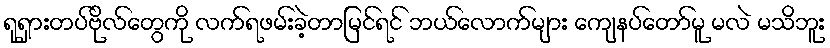
ရုရှားတပ်ဗိုလ်တွေကို လက်ရဖမ်းခဲ့တာမြင်ရင် ဘယ်လောက်များ ကျေနပ်တော်မူ မလဲ မသိဘူး